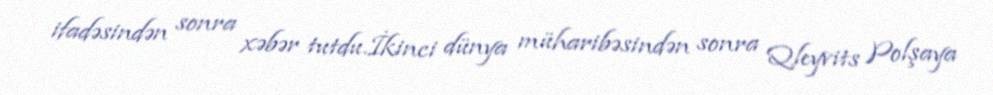
ifadəsindən sonra xəbər tutdu.İkinci dünya müharibəsindən sonra Qleyvits Polşaya